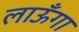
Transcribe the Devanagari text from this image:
लाऊँगा